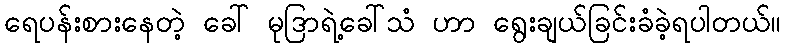
ရေပန်းစားနေတဲ့ ခေါ် မုဒြာရဲ့ခေါ်သံ ဟာ ရွေးချယ်ခြင်းခံခဲ့ရပါတယ်။